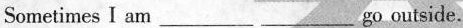
Sometimes I am ___ ___ go outside.